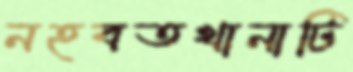
নহবতখানাটি